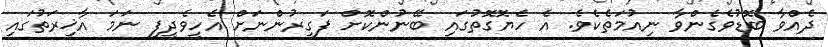
ދެއްވާ ބޮޑުވެގެންވާ ނިއުމަތެކެވެ. އެ ހެޔޮގޮތުގައި ބޭނުންކޮށް ފަގީރުންނަށް އެހީވެދީފި ނަމަ އާޚިރަތުގައި